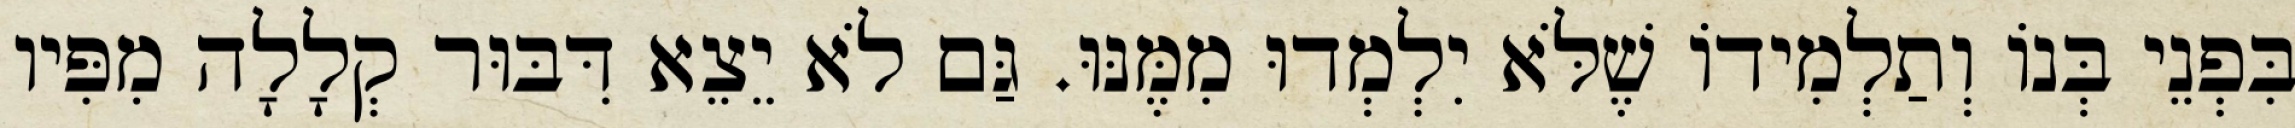
בִּפְנֵי בְּנוֹ וְתַלְמִידוֹ שֶׁלֹּא יִלְמְדוּ מִמֶּנּוּ. גַּם לֹא יֵצֵא דִּבּוּר קְלָלָה מִפִּיו